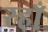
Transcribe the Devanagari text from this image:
रहाँ